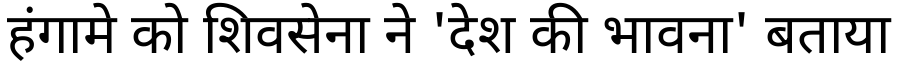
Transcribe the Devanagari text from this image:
हंगामे को शिवसेना ने 'देश की भावना' बताया